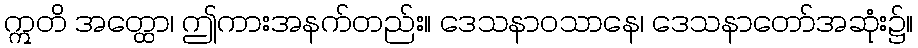
ဣတိ အတ္ထော၊ ဤကားအနက်တည်း။ ဒေသနာဝသာနေ၊ ဒေသနာတော်အဆုံး၌။